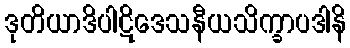
ဒုတိယာဒိပါဋိဒေသနီယသိက္ခာပဒါနိ